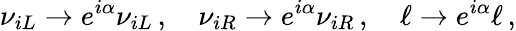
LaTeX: \nu_{iL}\to e^{i\alpha}\nu_{iL}\, ,\quad\nu_{iR}\to e^{i\alpha}\nu_{iR}\, ,\quad\ell\to e^{i\alpha}\ell\, ,